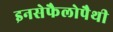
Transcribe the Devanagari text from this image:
इनसेफैलोपैथी